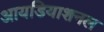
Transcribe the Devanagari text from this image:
आयडियाशनल